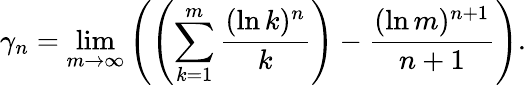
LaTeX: \gamma_{n}=\operatorname*{lim}_{m\rightarrow\infty}{\left(\left(\sum_{k=1}^{m}{\frac{(\ln k)^{n}}{k}}\right)-{\frac{(\ln m)^{n+1}}{n+1}}\right)}.